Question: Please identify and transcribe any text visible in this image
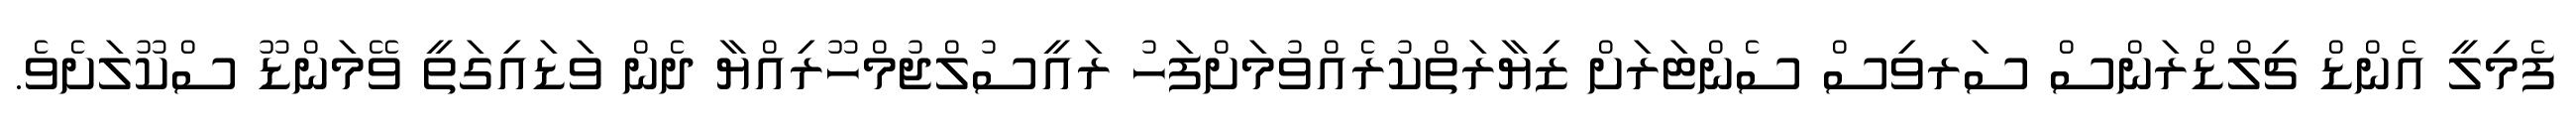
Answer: ފެމިލީ އެންޑް ޗިލްޑްރަންސް ސަރވިސް ސެންޓަރަށް ޒިޔާރަތްކުރެއްވުމަށްފަހު ރައީސުލްޖުމްހޫރިއްޔާ ދެން ވަޑައިގަތީ ވޭމަންޑޫ ސްކޫލަށެވެ.